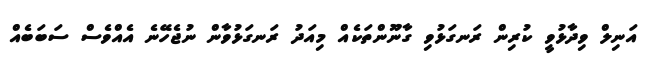
އަނިލް ވިދާޅުވީ ކުރިން ރަނގަޅުވި ގާނޫންތަކެއް މިއަދު ރަނގަޅުވާން ނުޖެހޭނެ އެއްވެސް ސަބަބެއް